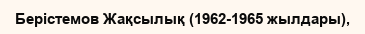
Берістемов Жақсылық (1962-1965 жылдары),